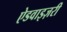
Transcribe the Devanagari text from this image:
ऐडवाइज़री